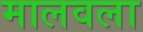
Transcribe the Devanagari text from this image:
मालवला